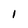
Character: l